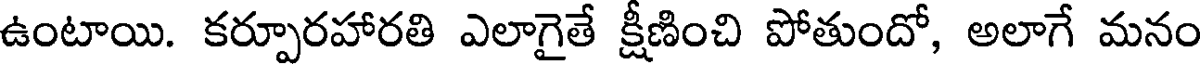
ఉంటాయి. కర్పూరహారతి ఎలాగైతే క్షీణించి పోతుందో, అలాగే మనం